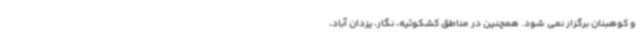
و کوهبنان برگزار نمی شود. همچنین در مناطق کشکوئیه، نگار، یزدان آباد،